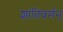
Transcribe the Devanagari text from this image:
शांतिवर्मन्